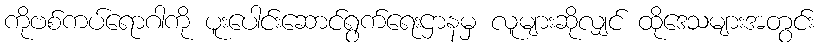
ကိုဗစ်ကပ်ရောဂါကို ပူးပေါင်းဆောင်ရွက်ရေးဌာနမှ လူများဆိုလျှင် ထိုဒေသများအတွင်း